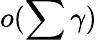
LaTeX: o(\sum\gamma)